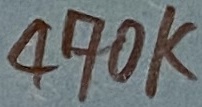
Text: 470K